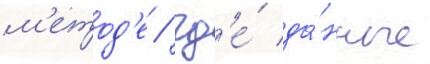
м'етод'е / гд'е́ да́нные